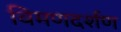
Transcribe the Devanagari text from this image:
विमणदर्शण